Bombay plague: being a history of the progress of plague in the Bombay presidency from September 1896 to June 1899
Year: 1896
Disease focus: Plague
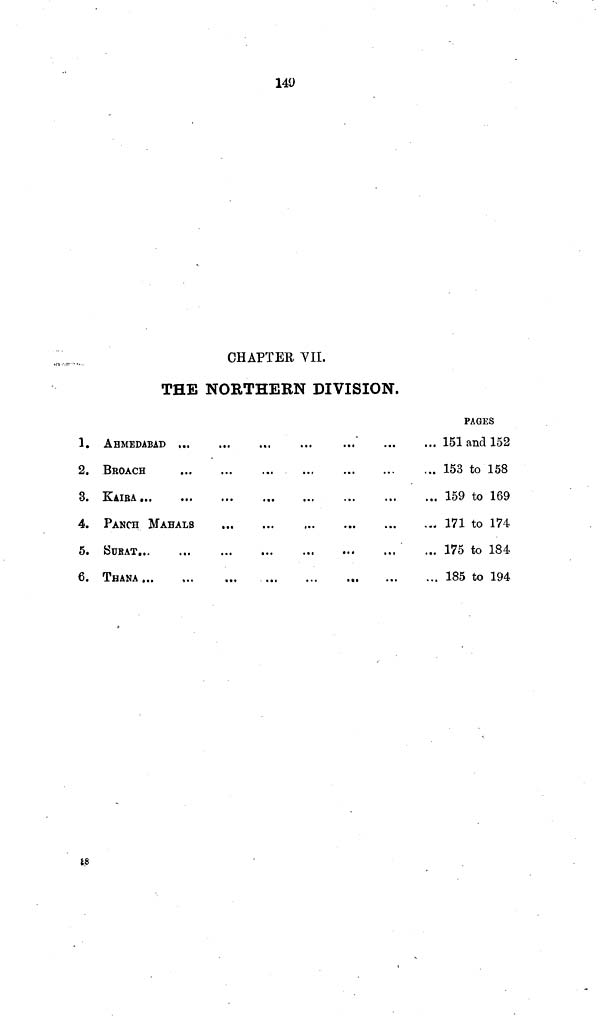
CHAPTER ΥΠ.
THE NORTHERN DIVISION.
1.
2.
3.
4.
5.
6.
AHMEDABAD
BROACH
KAIRA ...
...
...
...
PANCH MAHALS
SUR AT...
THANA ...
...
...
...
...
...
...
...
...
...
...
...
...
...
...
...
...
...
...
...
...
...
...
...
...
...
...
...
...
...
...
...
...
..
......
...
PAGES
151 and 152
153 to 158
159 to 169
171 to 174
175 to 184
185 to 194
88